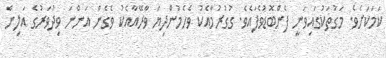
ކަމަކަށެވެ. މަގުތަކުގައިވަނީ ފެންބޮޑުވެފައެވެ. ގުގުރުމާއެކު ވެހެމުންދިޔަ ވާރޭއާއެކު ވެގެން އަންނަ ވިދުވަރުގެ އަލިން